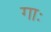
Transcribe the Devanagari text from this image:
गाः